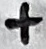
Text: +